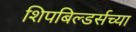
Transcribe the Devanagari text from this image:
शिपबिल्डर्सच्या